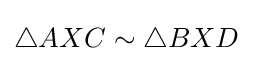
\triangle AXC\sim \triangle BXD